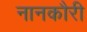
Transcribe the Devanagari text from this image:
नानकौरी